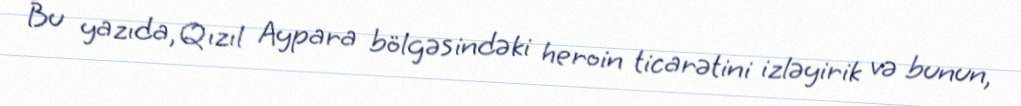
Bu yazıda, Qızıl Aypara bölgəsindəki heroin ticarətini izləyirik və bunun,